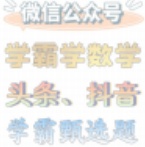
微信公众号
学霸学数学
头条、抖音
学霸题选题